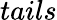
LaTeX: tails